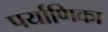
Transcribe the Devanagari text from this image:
पर्याणिका